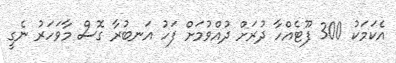
އެކަމަކު 300 ފޫޓެއްހާ ދުރަށް ދުއްވުމަށް ފަހު އަނބުރާ ގޮސް މާވަހަރު ނެގީ